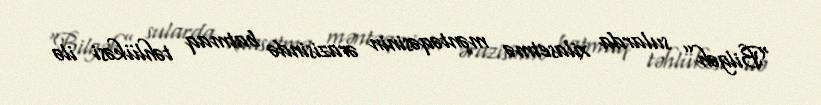
“Bilgəh” sularda xilasetmə məntəqəsinin ərazisində batmaq təhlükəsi ilə